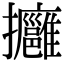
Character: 𢺠